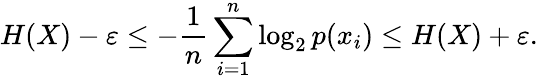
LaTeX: H(X)-\varepsilon\leq-{\frac{1}{n}}\sum_{i=1}^{n}\log_{2}p(x_{i})\leq H(X)+\varepsilon.